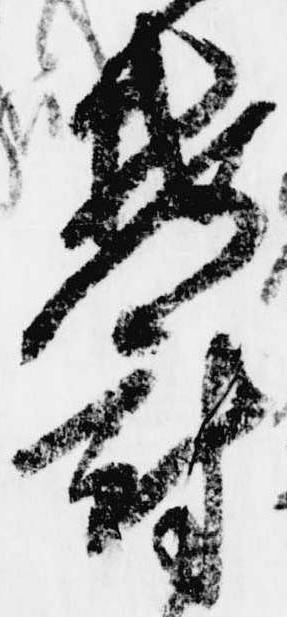
鬱